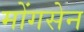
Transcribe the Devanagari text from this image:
मोंगसेन